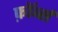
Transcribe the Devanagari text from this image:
फ़ॉर्ब्स